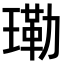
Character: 𤨕